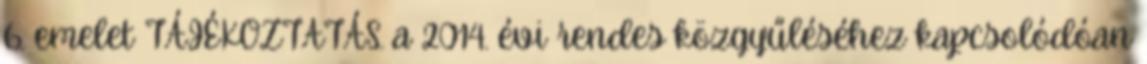
6. emelet TÁJÉKOZTATÁS. a 2014. évi rendes közgyűléséhez kapcsolódóan